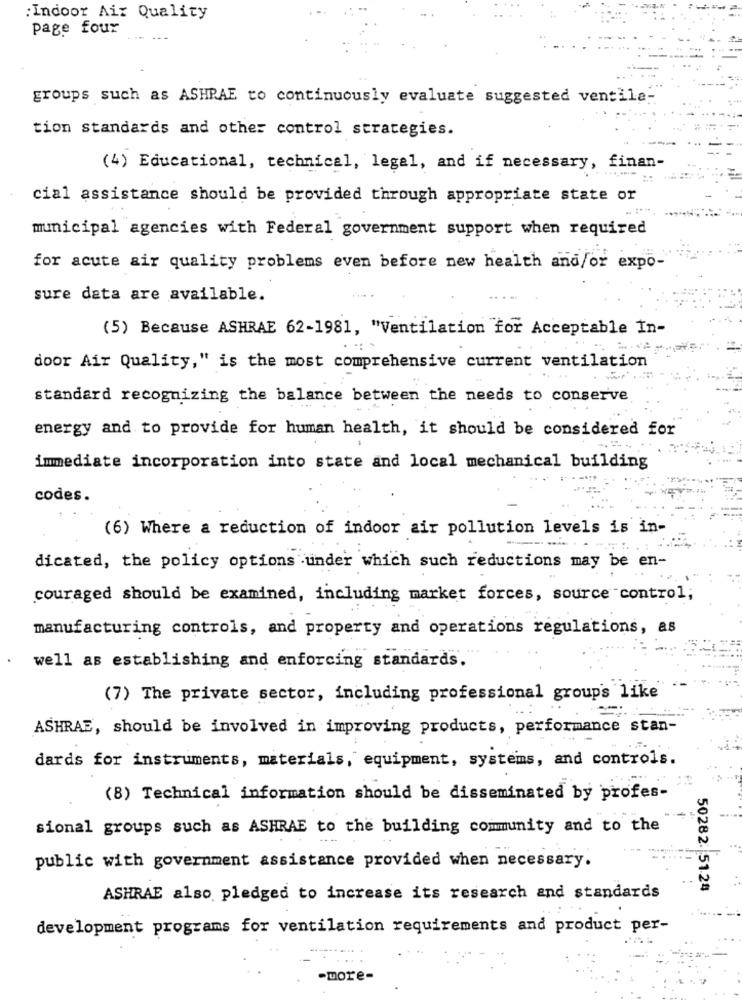
: Indoor Air Quality
page four
--
groups such as ASHRAE to continuously evaluate suggested ventila-
tion standards and other control strategies.
(4) Educational, technical, legal, and if necessary, finan-
cial assistance should be provided through appropriate state or
municipal agencies with Federal government support when required
for acute air quality problems even before new health and/or expo-
sure data are available.
(5) Because ASHRAE 62-1981, "Ventilation for Acceptable In-
door Air Quality," is the most comprehensive current ventilation
standard recognizing the balance between the needs to conserve
energy and to provide for human health, it should be considered for
immediate incorporation into state and local mechanical building
codes.
(6) Where a reduction of indoor air pollution levels is in-
dicated, the policy options under which such reductions may be en-
couraged should be examined, including market forces, source control;
manufacturing controls, and property and operations regulations, as
well as establishing and enforcing standards.
(7) The private sector, including professional groups like
ASHRAE, should be involved in improving products, performance stan-
dards for instruments, materials, equipment, systems, and controls.
(8) Technical information should be disseminated by profes-
sional groups such as ASHRAE to the building community and to the
public with government assistance provided when necessary.
50282. 5124
ASHRAE also pledged to increase its research and standards
development programs for ventilation requirements and product per-
-more-